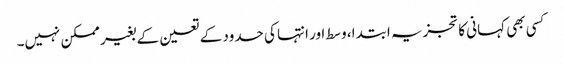
کسی بھی کہانی کا تجزیہ ابتدا، وسط اور انتہا کی حدود کے تعین کے بغیر ممکن نہیں۔